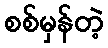
စစ်မှန်တဲ့